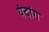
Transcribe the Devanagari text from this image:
यंदांग